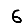
Digit: 6